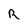
Character: R